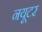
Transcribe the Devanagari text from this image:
नयूटर